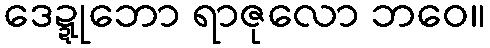
ဒေဍ္ဍုဘော ရာဇုလော ဘဝေ။